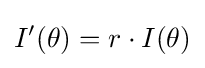
I'(\theta )=r\cdot I(\theta )